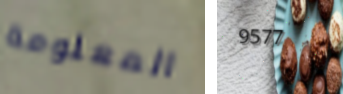
المعلومة 9577